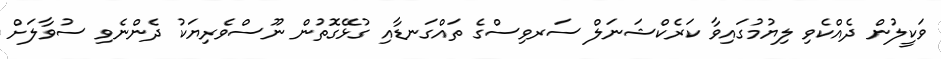
ވަކީލުން ދެއްކެވި ލިޔުމުގައިވާ ކަރެކްޝަނަލް ސަރވިސްގެ ތައްގަނޑާއި ގުޅޭގޮތުން ނޫސްވެރިޔަކު ދެންނެވި ސުވާލަށް